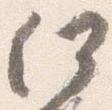
何